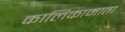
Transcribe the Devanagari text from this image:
कालिकामाता